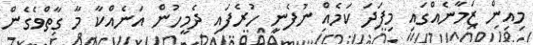
މިއިން ޒަމާނެއްގައި މިފަދަ ކަމެއް ނުފެނި ހުރެފައި ދެމީހުން އަނެއްކާ މާ ގާތްވެގެން